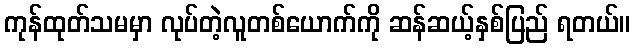
ကုန်ထုတ်သမမှာ လုပ်တဲ့လူတစ်ယောက်ကို ဆန်ဆယ့်နှစ်ပြည် ရတယ်။